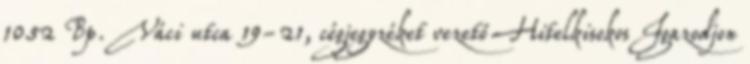
1052 Bp. Váci utca 19-21, cégjegyzéket vezető Hitelkisokos Igazodjon